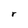
Character: r